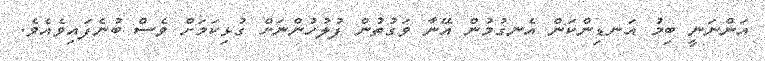
އަންނަނީ ބިމު އަނޑިންކަން އެނގުމުން އޭނާ ވަގުތުން ފުލުހުންނަށް ގުޅިކަމަށް ވެސް ބުނެފައިވެއެވެ.